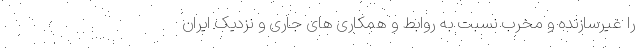
را غیرسازنده و مخرب نسبت به روابط و همکاری های جاری و نزدیک ایران